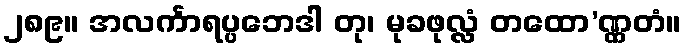
၂၈၉။ အလင်္ကာရပ္ပဘေဒါ တု၊ မုခဖုလ္လံ တထော’ဏ္ဏတံ။